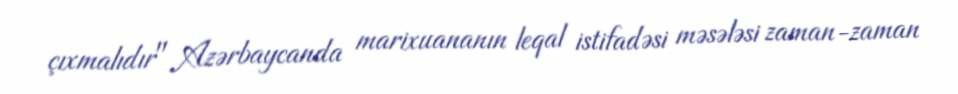
çıxmalıdır" Azərbaycanda marixuananın leqal istifadəsi məsələsi zaman-zaman